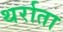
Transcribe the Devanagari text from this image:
थर्राता